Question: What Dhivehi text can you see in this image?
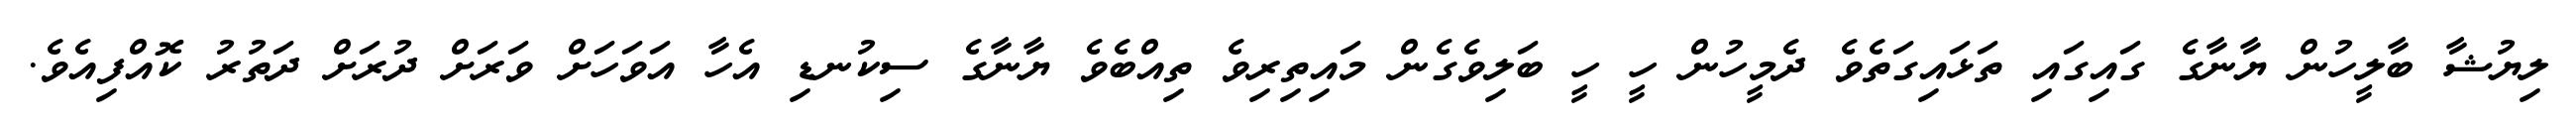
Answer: ލިޔުޝާ ބާލީހުން ޔާނާގެ ގައިގައި ތަޅައިގަތެވެ ދެމީހުން ހީ ހީ ބަލިވެގެން މައިތިރިވެ ތިއްބެވެ ޔާނާގެ ސިކުނޑި އެހާ އަވަހަށް ވަރަށް ދުރަށް ދަތުރު ކޮއްފިއެވެ.